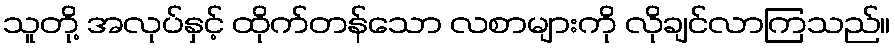
သူတို့ အလုပ်နှင့် ထိုက်တန်သော လစာများကို လိုချင်လာကြသည်။